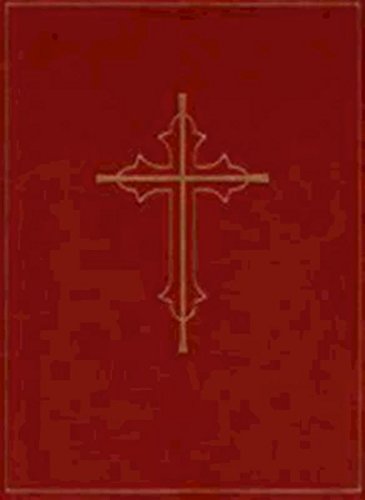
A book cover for Altar Book: Deluxe Edition; Church Publishing; Christian Books & Bibles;